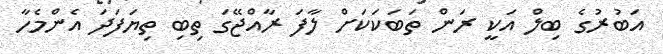
އަބުރުގެ ބިލް އަކީ ރަން ތަބަކަކަށް ލާފަ ރާއްޖޭގަ ތިބި ތިޔަފަދަ އެންމެހާ